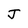
Character: J